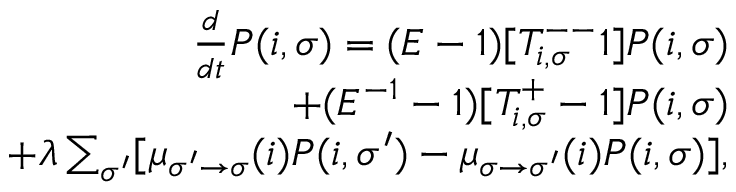
\begin{array} { r } { \frac { d } { d t } P ( i , \sigma ) = ( E - 1 ) [ T _ { i , \sigma } ^ { -- } 1 ] P ( i , \sigma ) } \\ { + ( E ^ { - 1 } - 1 ) [ T _ { i , \sigma } ^ { + } - 1 ] P ( i , \sigma ) } \\ { + \lambda \sum _ { \sigma ^ { \prime } } [ \mu _ { \sigma ^ { \prime } \to \sigma } ( i ) P ( i , \sigma ^ { \prime } ) - \mu _ { \sigma \to \sigma ^ { \prime } } ( i ) P ( i , \sigma ) ] , } \end{array}